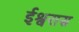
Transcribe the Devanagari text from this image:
ईश्वरास